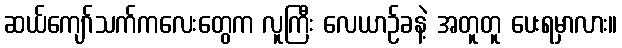
ဆယ်ကျော်သက်ကလေးတွေက လူကြီး လေယာဉ်ခနဲ့ အတူတူ ပေးရမှာလား။